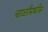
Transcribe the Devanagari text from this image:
चाळीमधीस